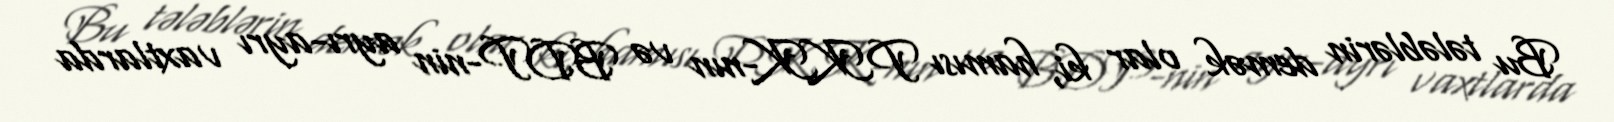
Bu tələblərin demək olar ki, hamısı PKK-nın və BDP-nin ayrı-ayrı vaxtlarda